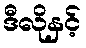
ဒီလိုနှင့်